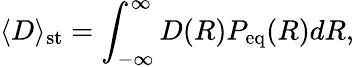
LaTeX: \langle D\rangle_{\mathrm{st}}=\int_{-\infty}^{\infty}D(R)P_{\mathrm{eq}}(R)dR,